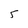
Character: 5